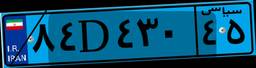
۸۳D۹۰۲۷۷